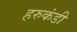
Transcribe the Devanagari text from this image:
हरुकंडी